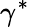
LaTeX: \gamma^{\ast}